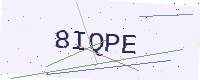
Text: 8IQPE